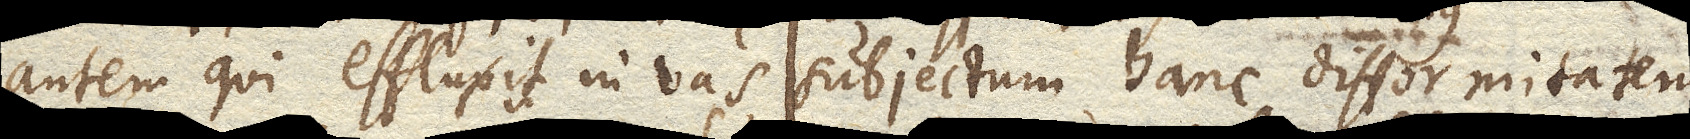
autem qui effluxit in vas subjectum hanc difformitatem